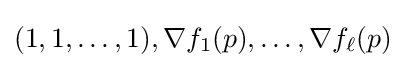
(1,1,\dots ,1),\nabla f_{1}(p),\dots ,\nabla f_{\ell }(p)